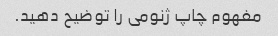
مفهوم چاپ ژنومی را توضیح دهید.